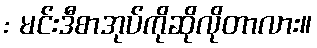
: မင်းဒီစာအုပ်ကိုဆိုလိုတာလား။